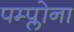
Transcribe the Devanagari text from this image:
पम्प्लोना